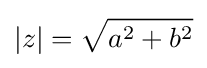
|z|={\sqrt {a^{2}+b^{2}}}